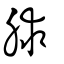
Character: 脙